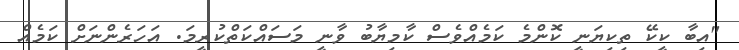
"އިބާ ކީކޭ ތިކިޔަނީ ކޮންމެ ކަމެއްވެސް ކާމިޔާބު ވާނީ މަސައްކަތްކުރީމަ. އަހަރެންނަށް ކަމެއް